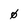
Character: 0